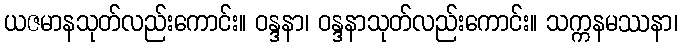
ယဇမာနသုတ်လည်းကောင်း။ ဝန္ဒနာ၊ ဝန္ဒနာသုတ်လည်းကောင်း။ သက္ကနမဿနာ၊